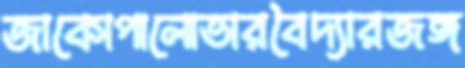
জাকোপালোভারবৈদ্যারজঙ্গ